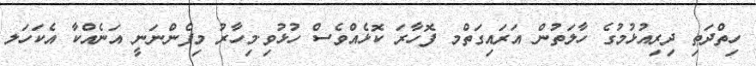
ހިތްދަތި ދިރިއުޅުމުގެ ހާލަތުން އަރައިގަތްމ ފޮހާރަ ކޮޅެއްވެސް ހުޅުވި.މިހާރު މިފެންނަނީ އަނެއްކާ އެކަހަލ